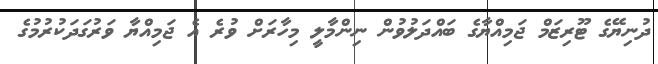
ދުނިޔޭގެ ޓޫރިޒަމް ޖަމިއްޔާގެ ބައްދަލުވުން ނިންމާލީ މިހާރަށް ވުރެ އެ ޖަމިއްޔާ ވަރުގަދަކުރުމުގެ